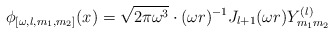
\begin{align*}\phi_{[\omega,l,m_1,m_2]}(x)=\sqrt{2\pi\omega^3}\cdot(\omega r)^{-1} J_{l+1}(\omega r)Y^{(l)}_{m_1m_2}\end{align*}